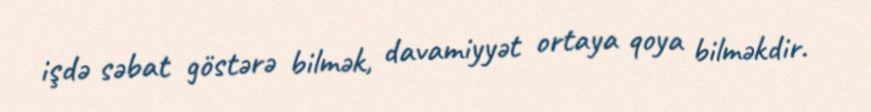
işdə səbat göstərə bilmək, davamiyyət ortaya qoya bilməkdir.